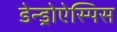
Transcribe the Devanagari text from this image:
डेन्ड्रोऐस्पिस